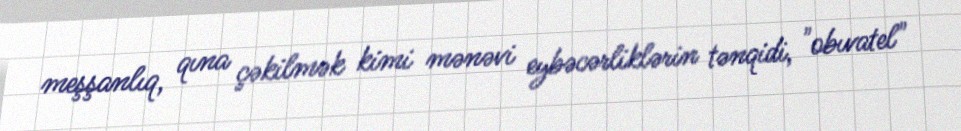
meşşanlıq, qına çəkilmək kimi mənəvi eybəcərliklərin tənqidi, "obıvatel"